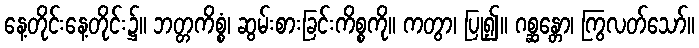
နေ့တိုင်းနေ့တိုင်း၌။ ဘတ္တကိစ္စံ၊ ဆွမ်းစားခြင်းကိစ္စကို။ ကတွာ၊ ပြု၍။ ဂစ္ဆန္တော၊ ကြွလတ်သော်။